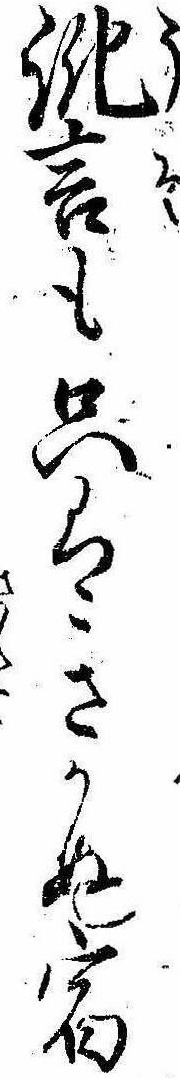
訛言も只はきかぬ宿